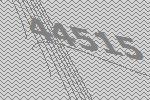
44515